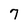
Character: 7